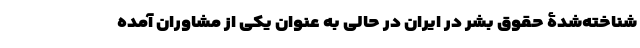
شناخته‌شدۀ حقوق بشر در ایران در حالی به عنوان یکی از مشاوران آمده